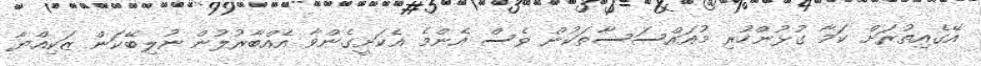
އޭގެއިތުރަށް ކަމާ ގުޅުންހުރި މުއައްސަސާތަކުން ވެސް އެންމެ އެކަށީގެންވާ އެއްބާރުލުން ނުލިބޭކަން ޒަކިއްޔާ